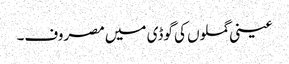
عینی گملوں کی گوڈی میں مصروف۔